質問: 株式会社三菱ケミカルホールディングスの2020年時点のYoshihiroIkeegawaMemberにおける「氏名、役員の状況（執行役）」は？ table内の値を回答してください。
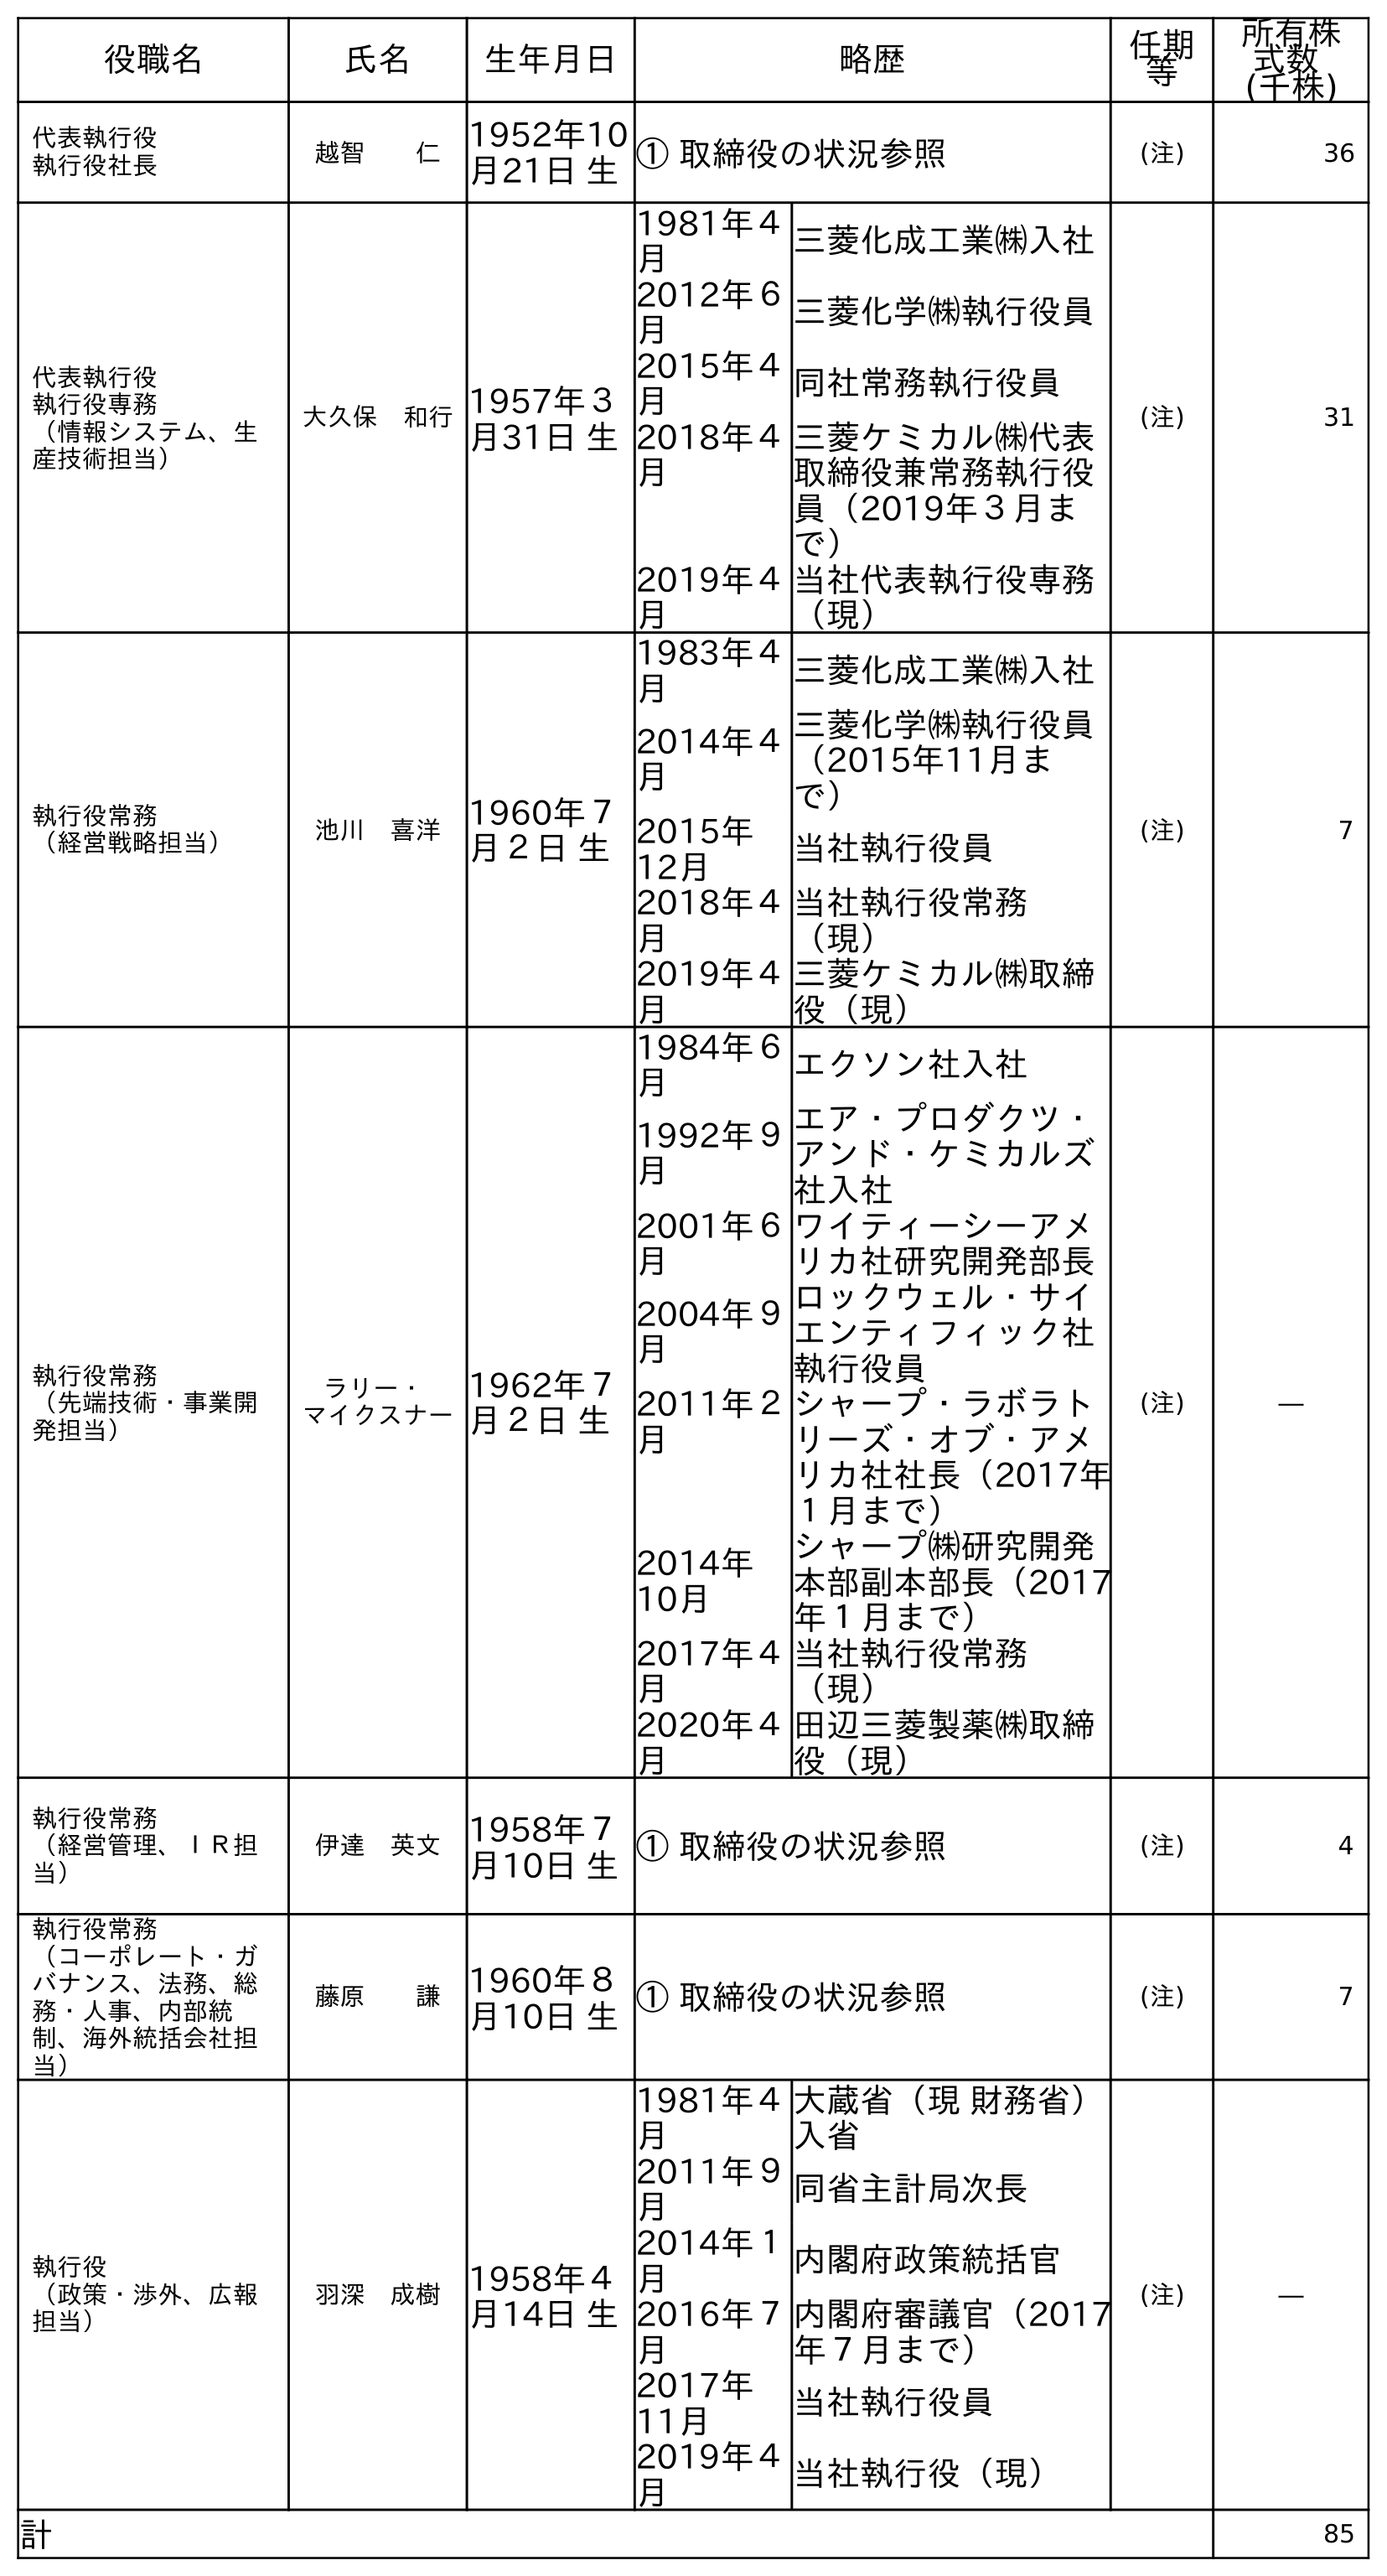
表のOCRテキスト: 役職名 氏名 生年月日 略歴 任期 等 所有株 式数 (千株) 代表執行役 執行役社長 越智  仁 1952年10 月21日 生① 取締役の状況参照 (注) 36 代表執行役 執行役専務 （情報システム、生 産技術担当） 大久保 和行1957年３ 月31日 生 1981年４ 月 三菱化成工業㈱入社 2012年６ 月 三菱化学㈱執行役員 2015年４ 月 同社常務執行役員 2018年４ 月 三菱ケミカル㈱代表 取締役兼常務執行役 員（2019年３月ま で） 2019年４ 月 当社代表執行役専務 （現） (注) 31 執行役常務 （経営戦略担当） 池川 喜洋 1960年７ 月２日 生 1983年４ 月 三菱化成工業㈱入社 2014年４ 月 三菱化学㈱執行役員 （2015年11月ま で） 2015年 12月 当社執行役員 2018年４ 月 当社執行役常務 （現） 2019年４ 月 三菱ケミカル㈱取締 役（現） (注) 7 執行役常務 （先端技術・事業開 発担当） ラリー・ マイクスナー 1962年７ 月２日 生 1984年６ 月 エクソン社入社 1992年９ 月 エア・プロダクツ・ アンド・ケミカルズ 社入社 2001年６ 月 ワイティーシーアメ リカ社研究開発部長 2004年９ 月 ロックウェル・サイ エンティフィック社 執行役員 2011年２ 月 シャープ・ラボラト リーズ・オブ・アメ リカ社社長（2017年 １月まで） 2014年 10月 シャープ㈱研究開発 本部副本部長（2017 年１月まで） 2017年４ 月 当社執行役常務 （現） 2020年４ 月 田辺三菱製薬㈱取締 役（現） (注) ― 執行役常務 （経営管理、ＩＲ担 当） 伊達 英文 1958年７ 月10日 生① 取締役の状況参照 (注) 4 執行役常務 （コーポレート・ガ バナンス、法務、総 務・人事、内部統 制、海外統括会社担 当） 藤原  謙 1960年８ 月10日 生① 取締役の状況参照 (注) 7 執行役 （政策・渉外、広報 担当） 羽深 成樹 1958年４ 月14日 生 1981年４ 月 大蔵省（現 財務省） 入省 2011年９ 月 同省主計局次長 2014年１ 月 内閣府政策統括官 2016年７ 月 内閣府審議官（2017 年７月まで） 2017年 11月 当社執行役員 2019年４ 月 当社執行役（現） (注) ― 計 85
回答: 池川　喜洋